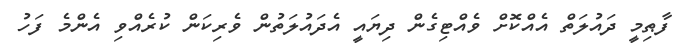
ފާޠިމީ ދައުލަތް އެއްކޮށް ވެއްޓިގެން ދިޔައީ އެދައުލަތުން ވެރިކަން ކުރެއްވި އެންމެ ފަހު